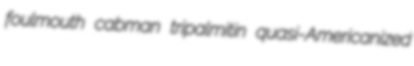
foulmouth cabman tripalmitin quasi-Americanized